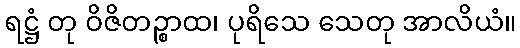
ရဋ္ဌံ တု ဝိဇိတဉ္စာထ၊ ပုရိသေ သေတု အာလိယံ။